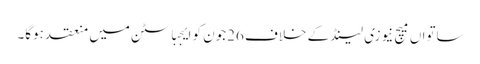
ساتواں میچ نیوزی لینڈ کے خلاف 26جون کو ایجباسٹن میں منعقد ہوگا۔